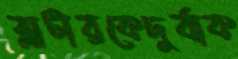
ব্লাটারকেদুর্বাক